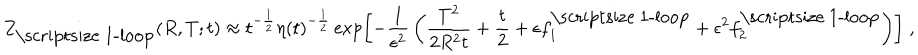
LaTeX: Z _ { \mathrm { \scriptsize ~ 1 - l o o p } } ( R , T ; t ) \approx t ^ { - { \frac { 1 } { 2 } } } \eta ( t ) ^ { - { \frac { 1 } { 2 } } } \exp \left[ - { \frac { 1 } { \epsilon ^ { 2 } } } \left( { \frac { T ^ { 2 } } { 2 R ^ { 2 } t } } + { \frac { t } { 2 } } + \epsilon f _ { 1 } ^ { \mathrm { \scriptsize ~ 1 - l o o p } } + \epsilon ^ { 2 } f _ { 2 } ^ { \mathrm { \scriptsize ~ 1 - l o o p } } \right) \right] \; ,